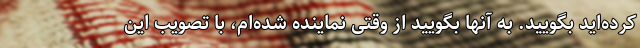
کرده‌اید بگویید. به آنها بگویید از وقتی نماینده شده‌ام، با تصویب این